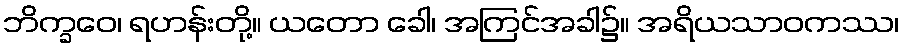
ဘိက္ခဝေ၊ ရဟန်းတို့။ ယတော ခေါ၊ အကြင်အခါ၌။ အရိယသာဝကဿ၊